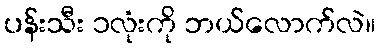
ပန်းသီး ၁လုံးကို ဘယ်လောက်လဲ။